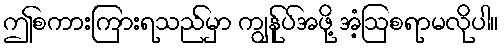
ဤစကားကြားရသည်မှာ ကျွန်ုပ်အဖို့ အံ့ဩစရာမလိုပါ။